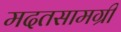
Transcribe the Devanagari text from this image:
मदतसामग्री